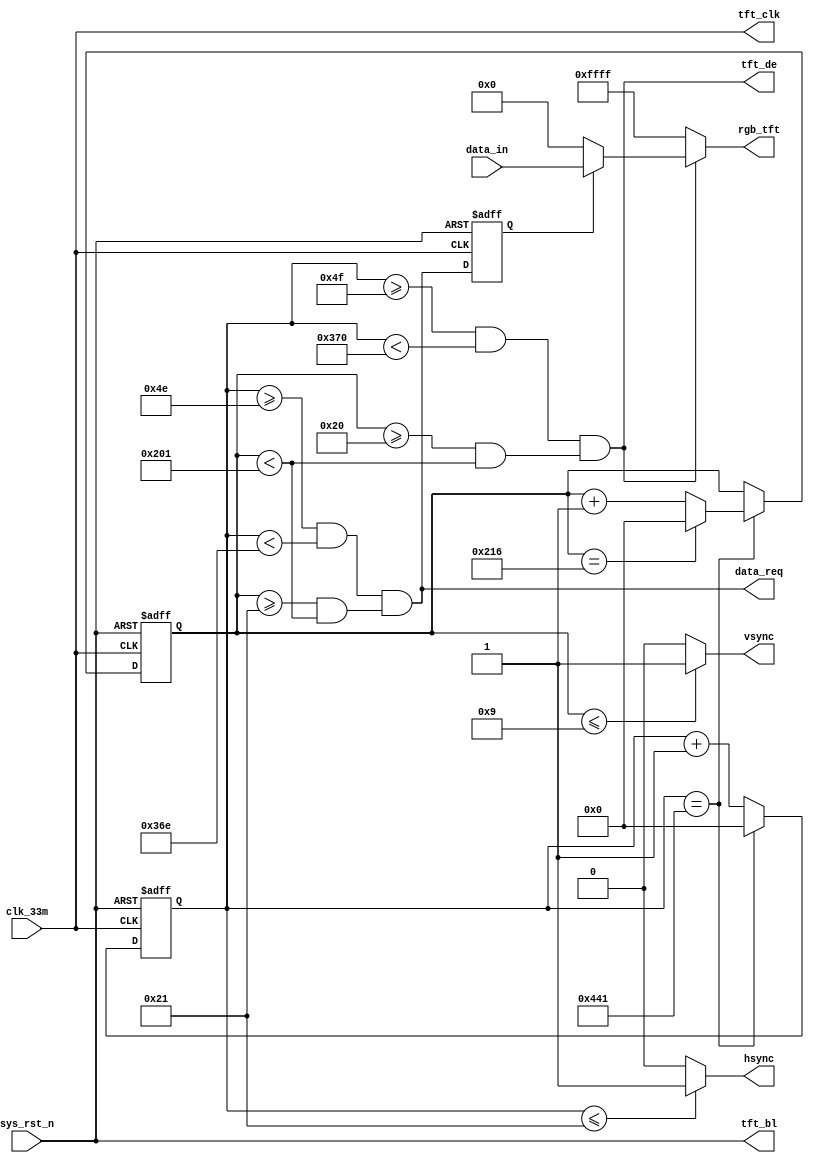
`timescale  1ns/1ns
////////////////////////////////////////////////////////////////////////
// Module Name   : tft_ctrl
// Project Name  : tft_800X480
// Target Devices: Altera EP4CE10F17C8N
// Tool Versions : Quartus 13.0
// Description   : TFT
// 
// Revision      : V1.0
// Additional Comments:
// 
// : _Pro_FPGA
//     : http://www.embedfire.com
//     : http://www.firebbs.cn
//     : https://fire-stm32.taobao.com
////////////////////////////////////////////////////////////////////////

module  tft_ctrl
(
    input   wire            clk_33m     ,   //,33MHz
    input   wire            sys_rst_n   ,   //,
    input   wire    [15:0]  data_in     ,   //

    output  wire            data_req    ,   //
    output  wire    [15:0]  rgb_tft     ,   //TFT
    output  wire            hsync       ,   //TFT
    output  wire            vsync       ,   //TFT
    output  wire            tft_clk     ,   //TFT
    output  wire            tft_de      ,   //TFT
    output  wire            tft_bl          //TFT
);

//********************************************************************//
//****************** Parameter and Internal Signal *******************//
//********************************************************************//

//parameter define
parameter   H_SYNC      =   11'd34  ,   //
            H_BACK      =   11'd46   ,   //
            H_LEFT      =   11'd0   ,   //
            H_VALID     =   11'd800 ,   //
            H_RIGHT     =   11'd0   ,   //
            H_FRONT     =   11'd210   ,   //
            H_TOTAL     =   11'd1090 ;   //
            
parameter   V_SYNC      =   11'd10  ,   //
            V_BACK      =   11'd23   ,   //
            V_TOP       =   11'd0   ,   //
            V_VALID     =   11'd480 ,   //
            V_BOTTOM    =   11'd0   ,   //
            V_FRONT     =   11'd22   ,   //
            V_TOTAL     =   11'd535 ;   //
parameter   H_PIXEL     =   11'd800 ,   //
            V_PIXEL     =   11'd480 ;   //
parameter   H_BLACK     =   ((H_VALID - H_PIXEL) / 2),  //
            V_BLACK     =   ((V_VALID - V_PIXEL) / 2);  //

//wire  define
wire            data_valid  ;   //
wire    [15:0]  data_out    ;   //

//reg   define
reg     [10:0]   cnt_h       ;   //
reg     [10:0]   cnt_v       ;   //
reg             data_req_dly;   //

//********************************************************************//
//***************************** Main Code ****************************//
//********************************************************************//

//tft_clk,tft_de,tft_bl:TFT
assign  tft_clk = clk_33m    ;
assign  tft_de  = data_valid;
assign  tft_bl  = sys_rst_n ;

//cnt_h:
always@(posedge clk_33m or negedge sys_rst_n)
    if(sys_rst_n == 1'b0)
        cnt_h   <=  11'd0;
    else    if(cnt_h == H_TOTAL - 1'b1)
        cnt_h   <=  11'd0;
    else
        cnt_h   <=  cnt_h + 10'd1;

//cnt_v:
always@(posedge clk_33m or negedge sys_rst_n)
    if(sys_rst_n == 1'b0)
        cnt_v   <=  11'd0;
    else    if(cnt_h == H_TOTAL - 1'b1) 
    begin
        if(cnt_v == V_TOTAL - 1'b1)
            cnt_v   <=  11'd0;
        else
            cnt_v   <=  cnt_v + 10'd1;
    end
    else 
        cnt_v   <=  cnt_v;

//data_valid:
assign  data_valid = ((cnt_h >= (H_SYNC + H_BACK + H_LEFT - 1'b1))
            && (cnt_h < (H_SYNC + H_BACK + H_LEFT + H_VALID )))
            &&((cnt_v >= (V_SYNC + V_BACK + V_TOP - 1'b1))
            && (cnt_v < (V_SYNC + V_BACK + V_TOP + V_VALID)));

//data_req:
assign  data_req = ((cnt_h >= (H_SYNC + H_BACK + H_LEFT + H_BLACK - 2))
    && (cnt_h < ((H_SYNC + H_BACK + H_LEFT + H_BLACK + H_PIXEL - 2))))
    &&((cnt_v >= ((V_SYNC + V_BACK + V_TOP + V_BLACK)))
    && (cnt_v < ((V_SYNC + V_BACK + V_TOP + V_BLACK + V_PIXEL))));

//data_req_dly:,
always@(posedge clk_33m or negedge sys_rst_n)
    if(sys_rst_n == 1'b0)
        data_req_dly    <=  1'b0;
    else
        data_req_dly    <=  data_req;

//data_out:
assign  data_out = (data_req_dly == 1'b1) ? data_in : 16'h0000;

//hsync,vsync,rgb_tft:
assign  rgb_tft = (data_valid == 1'b0) ? 16'hFFFF : data_out;
assign  hsync = (cnt_h  <=  H_SYNC - 1'd1) ? 1'b1 : 1'b0  ;
assign  vsync = (cnt_v  <=  V_SYNC - 1'd1) ? 1'b1 : 1'b0  ;
endmodule